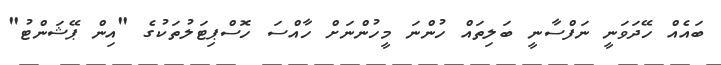
ބައެއް ހޭދަވަނީ ނަފްސާނީ ބަލިތައް ހުންނަ މީހުންނަށް ހާއްސަ ހޮސްޕިޓަލުތަކުގެ "އިން ޕޭޝަންޓު"